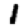
Digit: 1